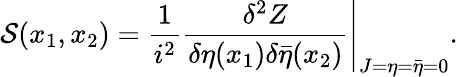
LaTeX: {\cal S}(x_{1},x_{2})=\left.\frac{1}{i^{2}}\frac{\delta^{2}Z}{\delta\eta(x_{1})\delta\bar{\eta}(x_{2})}\right|_{J=\eta=\bar{\eta}=0}.